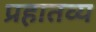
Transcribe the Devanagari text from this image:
प्रहातव्य